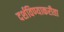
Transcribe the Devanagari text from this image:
दर्शविण्याकरीता